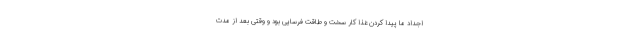
اجداد ما پیدا کردن غذا کار سخت و طاقت فرسایی بود و وقتی بعد از مدت